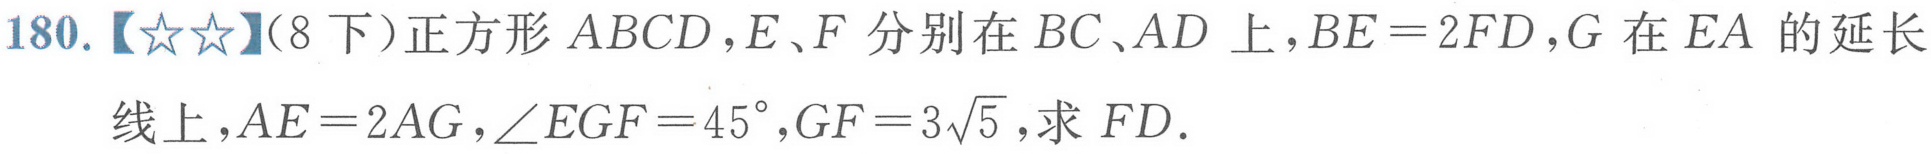
180.【★★】(8下)正方形\(ABCD\)，\(E、F\)分别在\(BC、AD\)上，\(BE = 2FD\)，\(G\)在\(EA\)的延长
线上，\(AE = 2AG\)，\(\angle EGF = 45^{\circ}\)，\(GF = 3\sqrt{5}\)，求\(FD\).